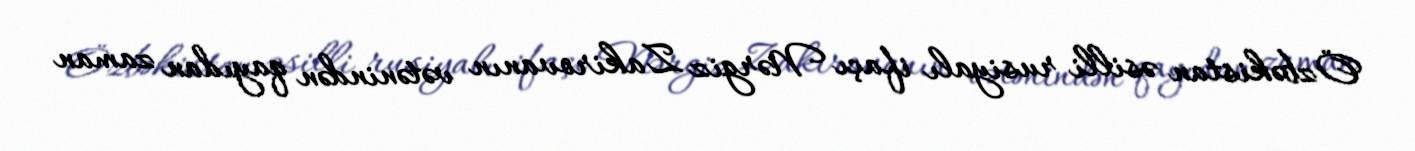
Özbəkistan əsilli rusiyalı ifaçı Nərgiz Zakirovanın vətənindən qayıdan zaman